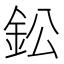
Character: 鈆